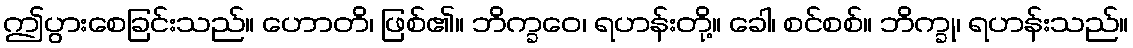
ဤပွားစေခြင်းသည်။ ဟောတိ၊ ဖြစ်၏။ ဘိက္ခဝေ၊ ရဟန်းတို့။ ခေါ၊ စင်စစ်။ ဘိက္ခု၊ ရဟန်းသည်။